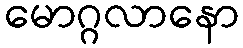
မောဂ္ဂလာနော